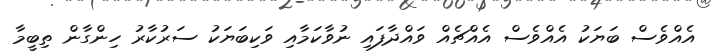
އެއްވެސް ބަޔަކު އެއްވެސް އެއްޗެއް ވައްދާފައި ނުވާކަމާއި ވަކިބަޔަކު ސަރުކާރު ހިންގާން ތިބީމާ